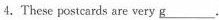
4.These postcards are very \underline{g}___.